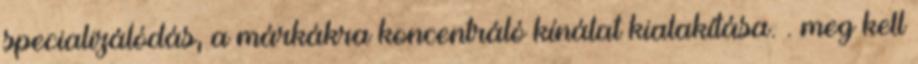
specializálódás, a márkákra koncentráló kínálat kialakítása. . meg kell